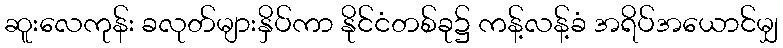
ဆူးလေကုန်း ခလုတ်များနှိပ်ကာ နိုင်ငံတစ်ခု၌ ကန့်လန့်ခံ အရိပ်အယောင်မျှ